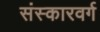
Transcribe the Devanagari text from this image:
संस्कारवर्ग